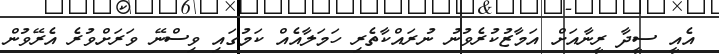
އެއީ ސީދާ ރީނާއަށް އަމާޒުކުރެވުނު ނުރައްކާތެރި ހަމަލާއެއް ކަމުގައި ވިސްނޭ ވަރަށްވުރެ އެރޭވުން